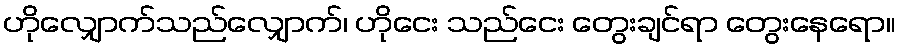
ဟိုလျှောက်သည်လျှောက်၊ ဟိုငေး သည်ငေး တွေးချင်ရာ တွေးနေရော။